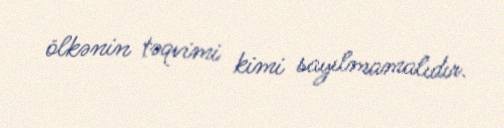
ölkənin təqvimi kimi sayılmamalıdır.